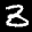
Label: 3